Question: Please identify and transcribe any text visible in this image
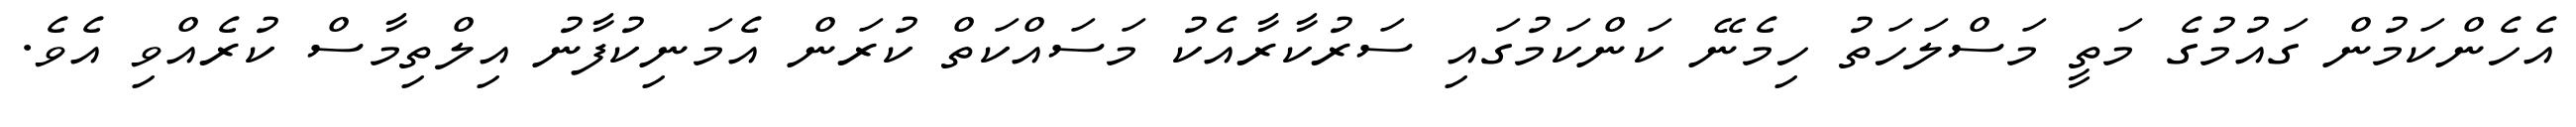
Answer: އެހެންކަމުން ގައުމުގެ މަތީ މަސްލަހަތު ހިމެނޭ ކަންކަމުގައި ސަރުކާރާއެކު މަސައްކަތް ކުރަން އެމަނިކުފާނު އިލްތިމާސް ކުރެއްވި އެވެ.